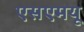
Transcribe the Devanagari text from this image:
एसएमयू